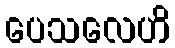
ပေသလေဟိ